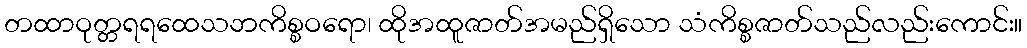
တထာဝုတ္တရရထေသဘကိစ္စဝရော၊ ထိုအထူဇာတ်အမည်ရှိသော သံကိစ္စဇာတ်သည်လည်းကောင်း။